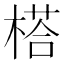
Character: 榙